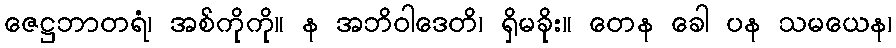
ဇေဋ္ဌဘာတရံ၊ အစ်ကိုကို။ န အဘိဝါဒေတိ၊ ရှိမခိုး။ တေန ခေါ ပန သမယေန၊